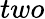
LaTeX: two